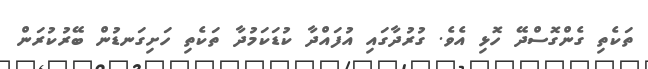
ތަކެތި ގެންގޮސްދޭ ހޮޅި އެވެ. ގުރުދާގައި އުފައްދާ ކުޑަކަމުދާ ތަކެތި ހަށިގަނޑުން ބޭރުކުރަން